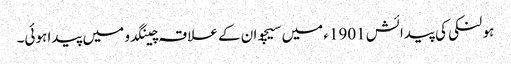
ہو لنکی کی پیدائش 1901ء میں سیچوان کے علاقہ چینگدو میں پیدا ہوئی۔